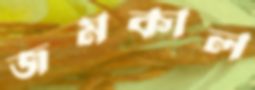
জমকাল